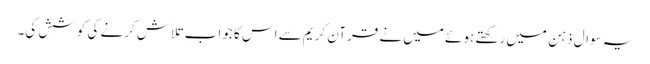
یہ سوال ذہن میں رکھتے ہوئے میں نے قرآن کریم سے اس کا جواب تلاش کرنے کی کوشش کی۔